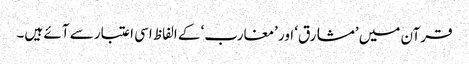
قرآن میں ’مشارق‘ اور ’مغارب‘ کے الفاظ اسی اعتبار سے آئے ہیں۔